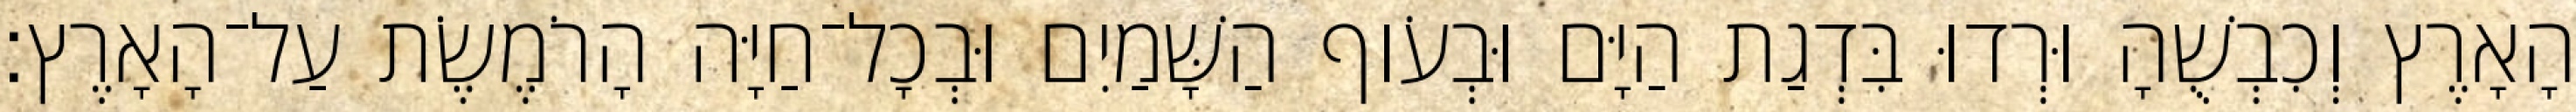
הָאָרֶץ וְכִבְשֻׁהָ וּרְדוּ בִּדְגַת הַיָּם וּבְעֹוף הַשָּׁמַיִם וּבְכָל־חַיָּה הָרֹמֶשֶׂת עַל־הָאָרֶץ׃